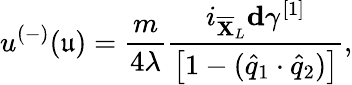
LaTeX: u^{(-)}(\mathfrak{u})=\frac{m}{4\lambda}\frac{i_{\overline{{\mathbf{X}}}_{L}}\mathbf{d}\gamma^{[1]}}{\left[1-(\widehat{q}_{1}\cdot\widehat{q}_{2})\right]},